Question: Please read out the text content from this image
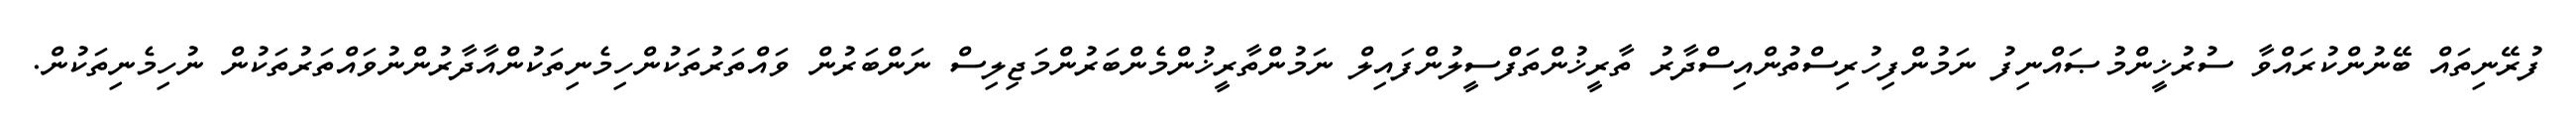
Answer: ފުރޭނިތައް ބޭނުންކުރައްވާ ސުރުޚީންމުޞައްނިފު ނަމުންފިހުރިސްތުންއިސްދާރު ތާރީޚުންތަފްސީލުންފައިލް ނަމުންތާރީޚުންމެންބަރުންމަޖިލިސް ނަންބަރުން ވައްތަރުތަކުންހިމެނިތަކުންއާދާރުންނުވައްތަރުތަކުން ނުހިމެނިތަކުން.